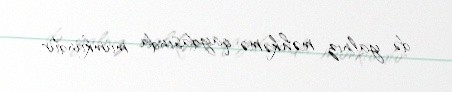
də yalnız məhkəmə qaydasında mümkündür.